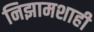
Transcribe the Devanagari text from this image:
निझामशाही